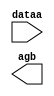
// megafunction wizard: %LPM_COMPARE%VBB%
// GENERATION: STANDARD
// VERSION: WM1.0
// MODULE: LPM_COMPARE 

// ============================================================
// Megafunction Name(s):
// 			LPM_COMPARE
//
// Simulation Library Files(s):
// 			lpm
// ============================================================
// ************************************************************
// THIS IS A WIZARD-GENERATED FILE. DO NOT EDIT THIS FILE!
//
// 13.1.0 Build 162 10/23/2013 SJ Web Edition
// ************************************************************

//Copyright (C) 1991-2013 Altera Corporation
//Your use of Altera Corporation's design tools, logic functions 
//and other software and tools, and its AMPP partner logic 
//functions, and any output files from any of the foregoing 
//(including device programming or simulation files), and any 
//associated documentation or information are expressly subject 
//to the terms and conditions of the Altera Program License 
//Subscription Agreement, Altera MegaCore Function License 
//Agreement, or other applicable license agreement, including, 
//without limitation, that your use is for the sole purpose of 
//programming logic devices manufactured by Altera and sold by 
//Altera or its authorized distributors.  Please refer to the 
//applicable agreement for further details.

module lpm_compare1 (
	dataa,
	agb);

	input	[4:0]  dataa;
	output	  agb;

endmodule

// ============================================================
// CNX file retrieval info
// ============================================================
// Retrieval info: PRIVATE: AeqB NUMERIC "0"
// Retrieval info: PRIVATE: AgeB NUMERIC "0"
// Retrieval info: PRIVATE: AgtB NUMERIC "1"
// Retrieval info: PRIVATE: AleB NUMERIC "0"
// Retrieval info: PRIVATE: AltB NUMERIC "0"
// Retrieval info: PRIVATE: AneB NUMERIC "0"
// Retrieval info: PRIVATE: INTENDED_DEVICE_FAMILY STRING "MAX V"
// Retrieval info: PRIVATE: LPM_PIPELINE NUMERIC "0"
// Retrieval info: PRIVATE: Latency NUMERIC "0"
// Retrieval info: PRIVATE: PortBValue NUMERIC "4"
// Retrieval info: PRIVATE: Radix NUMERIC "10"
// Retrieval info: PRIVATE: SYNTH_WRAPPER_GEN_POSTFIX STRING "0"
// Retrieval info: PRIVATE: SignedCompare NUMERIC "0"
// Retrieval info: PRIVATE: aclr NUMERIC "0"
// Retrieval info: PRIVATE: clken NUMERIC "0"
// Retrieval info: PRIVATE: isPortBConstant NUMERIC "1"
// Retrieval info: PRIVATE: nBit NUMERIC "5"
// Retrieval info: PRIVATE: new_diagram STRING "1"
// Retrieval info: LIBRARY: lpm lpm.lpm_components.all
// Retrieval info: CONSTANT: LPM_HINT STRING "ONE_INPUT_IS_CONSTANT=YES"
// Retrieval info: CONSTANT: LPM_REPRESENTATION STRING "UNSIGNED"
// Retrieval info: CONSTANT: LPM_TYPE STRING "LPM_COMPARE"
// Retrieval info: CONSTANT: LPM_WIDTH NUMERIC "5"
// Retrieval info: USED_PORT: agb 0 0 0 0 OUTPUT NODEFVAL "agb"
// Retrieval info: USED_PORT: dataa 0 0 5 0 INPUT NODEFVAL "dataa[4..0]"
// Retrieval info: CONNECT: @dataa 0 0 5 0 dataa 0 0 5 0
// Retrieval info: CONNECT: @datab 0 0 5 0 4 0 0 5 0
// Retrieval info: CONNECT: agb 0 0 0 0 @agb 0 0 0 0
// Retrieval info: GEN_FILE: TYPE_NORMAL lpm_compare1.v TRUE
// Retrieval info: GEN_FILE: TYPE_NORMAL lpm_compare1.inc FALSE
// Retrieval info: GEN_FILE: TYPE_NORMAL lpm_compare1.cmp FALSE
// Retrieval info: GEN_FILE: TYPE_NORMAL lpm_compare1.bsf TRUE FALSE
// Retrieval info: GEN_FILE: TYPE_NORMAL lpm_compare1_inst.v FALSE
// Retrieval info: GEN_FILE: TYPE_NORMAL lpm_compare1_bb.v TRUE
// Retrieval info: LIB_FILE: lpm